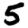
Digit: 5